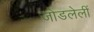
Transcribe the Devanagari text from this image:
जोडलेलीं